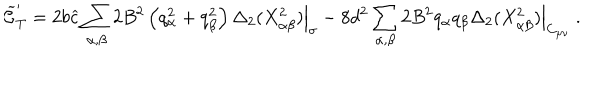
LaTeX: { \widetilde { \cal C } } _ { T } ^ { \prime } = 2 b { \widehat c } \sum _ { \alpha , \beta } 2 B ^ { 2 } \left( q _ { \alpha } ^ { 2 } + q _ { \beta } ^ { 2 } \right) \Delta _ { 2 } ( X _ { \alpha \beta } ^ { 2 } ) \Big | _ { \sigma } - 8 d ^ { 2 } \sum _ { \alpha , \beta } 2 B ^ { 2 } q _ { \alpha } q _ { \beta } \Delta _ { 2 } ( X _ { \alpha \beta } ^ { 2 } ) \Big | _ { C _ { \mu \nu } } ~ .